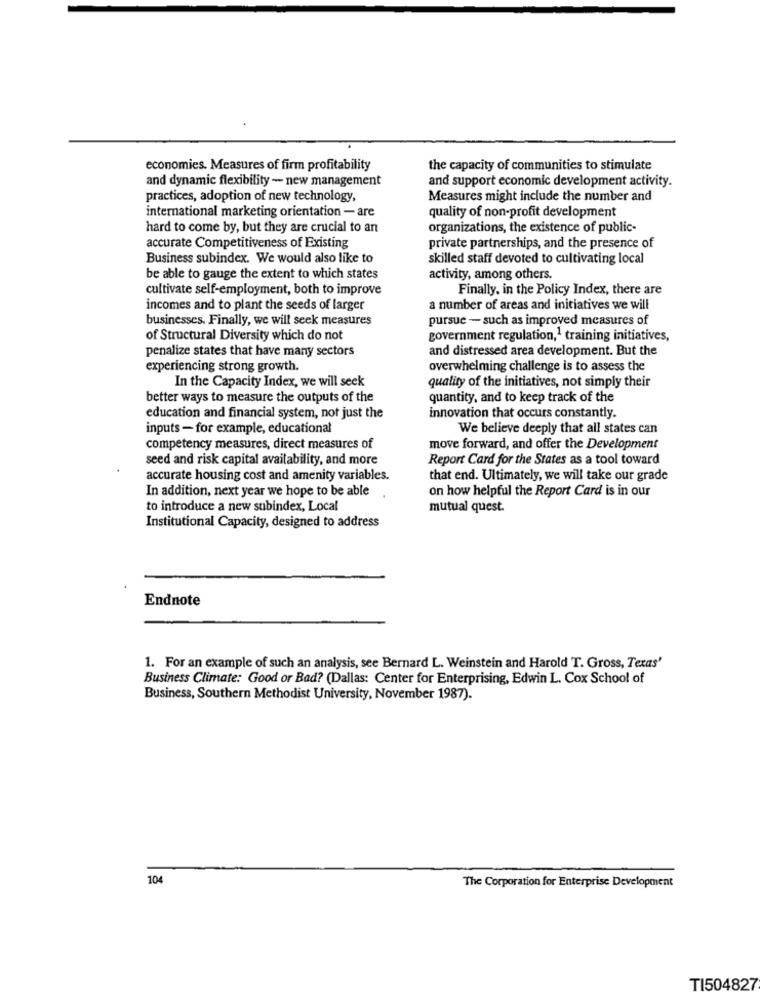
economies. Measures of firm profitability
the capacity of communities to stimulate
and dynamic flexibility - new management
and support economic development activity.
practices, adoption of new technology,
Measures might include the number and
international marketing orientation - are
quality of non-profit development
hard to come by, but they are crucial to an
organizations, the existence of public-
accurate Competitiveness of Existing
private partnerships, and the presence of
Business subindex. We would also like to
skilled staff devoted to cultivating local
be able to gauge the extent to which states
activity, among others.
cultivate self-employment, both to improve
Finally, in the Policy Index, there are
incomes and to plant the seeds of larger
a number of areas and initiatives we will
businesses. Finally, we will seek measures
pursue - such as improved measures of
of Structural Diversity which do not
government regulation,1 training initiatives,
penalize states that have many sectors
and distressed area development. But the
experiencing strong growth.
overwhelming challenge is to assess the
In the Capacity Index, we will seek
quality of the initiatives, not simply their
better ways to measure the outputs of the
quantity, and to keep track of the
innovation that occurs constantly.
education and financial system, not just the
inputs- for example, educational
We believe deeply that all states can
competency measures, direct measures of
move forward, and offer the Development
seed and risk capital availability, and more
Report Card for the States as a tool toward
accurate housing cost and amenity variables.
that end. Ultimately, we will take our grade
In addition, next year we hope to be able
on how helpful the Report Card is in our
to introduce a new subindex, Local
mutual quest.
Institutional Capacity, designed to address
Endnote
1. For an example of such an analysis, see Bernard L. Weinstein and Harold T. Gross, Texas'
Business Climate: Good or Bad? (Dallas: Center for Enterprising, Edwin L. Cox School of
Business, Southern Methodist University, November 1987).
104
The Corporation for Enterprise Development
TI504827